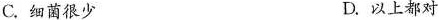
C.细菌很少 D.以上都对